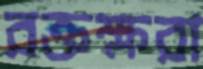
রক্তক্ষরা